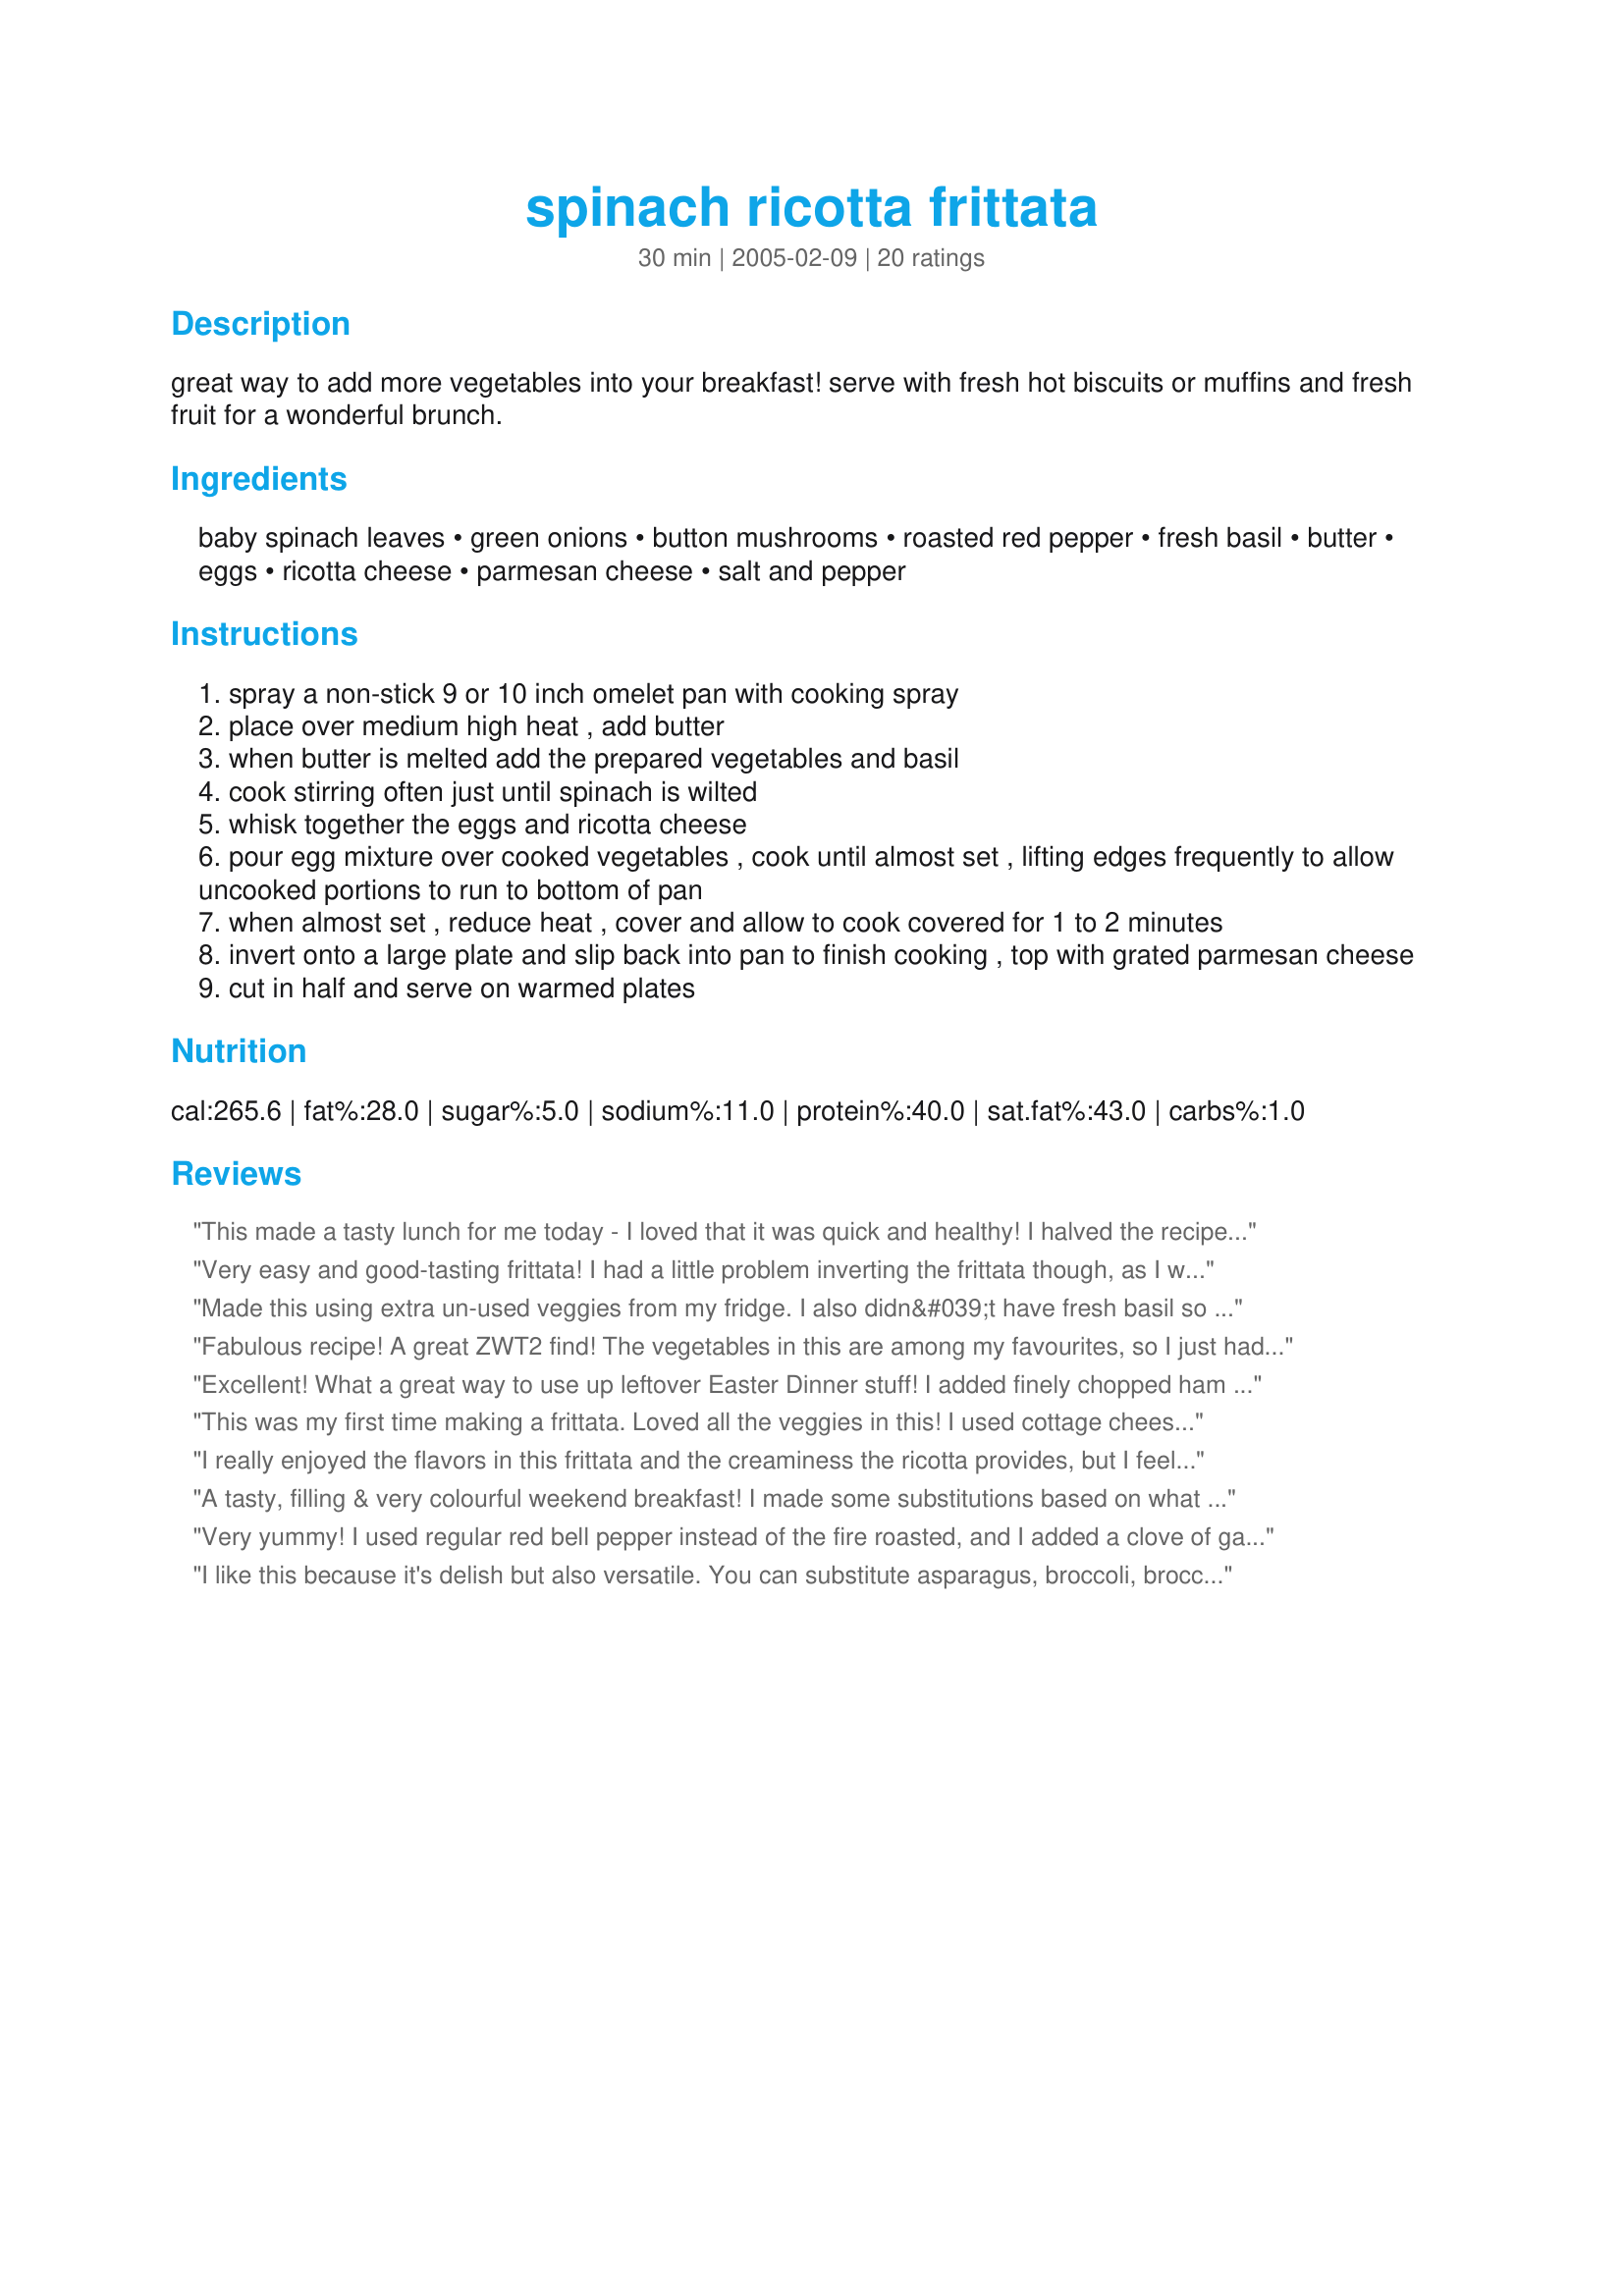
spinach ricotta frittata
Preparation time: 30 minutes

great way to add more vegetables into your breakfast! serve with fresh hot biscuits or muffins and fresh fruit for a wonderful brunch.

Ingredients:
baby spinach leaves, green onions, button mushrooms, roasted red pepper, fresh basil, butter, eggs, ricotta cheese, parmesan cheese, salt and pepper

Steps:
spray a non-stick 9 or 10 inch omelet pan with cooking spray
place over medium high heat , add butter
when butter is melted add the prepared vegetables and basil
cook stirring often just until spinach is wilted
whisk together the eggs and ricotta cheese
pour egg mixture over cooked vegetables , cook until almost set , lifting edges frequently to allow uncooked portions to run to bottom of pan
when almost set , reduce heat , cover and allow to cook covered for 1 to 2 minutes
invert onto a large plate and slip back into pan to finish cooking , top with grated parmesan cheese
cut in half and serve on warmed plates

Reviews:
This made a tasty lunch for me today - I loved that it was quick and healthy! I halved the recipe and used fresh veggies from my garden. Didn't have any mushrooms so I used kalamata olives instead! I didn't flip my frittata, just covered it until it was set in the center (bottom got a little dark, so wouldn't really recommend doing that again!). The red peppers made a great addition! Made for ZWT4.
Very easy and good-tasting frittata! I had a little problem inverting the frittata though, as I was looking for a plate a little larger than the top edge of the pan. DH came to the rescue though. He gently dropped the plate right *into* the pan and then turned the the whole thing over, then he slid the frittata back into the pan to finish cooking. It finished cooking in about 4 minutes. Thanks for passing this recipe along - we'll definitely have it again.
Made this using extra un-used veggies from my fridge. I also didn&#039;t have fresh basil so I used dried. It was one of the best dishes ever and a great way to clean out my fridge and not have to throw out small amounts of un-used veggies.
Fabulous recipe! A great ZWT2 find! The vegetables in this are among my favourites, so I just had to try it. The ricotta and parmesan gave a lovely flavour and texture to the egg mixture, and I loved the inclusion of the basil. My only change was to add some minced garlic, to which I'm more than a little partial! Thanks, Paula!


Excellent! What a great way to use up leftover Easter Dinner stuff! I added finely chopped ham and sliced, roasted asparagus and left out the red pepper, otherwise I made this as written but added an extra egg, which boosted this up to 3 servings for me, my husband and my daughter. We had it for dinner along with dinner rolls. Great quick and easy after-work recipe! Thanks for posting this Paula!
This was my first time making a frittata. Loved all the veggies in this! I used cottage cheese instead of ricotta. Had a little difficulty cooking it, when I slid it out of the pan onto a plate to flip it and cook the other side, it didn't stay in one piece. This is probably due to my lack of experience with this cooking technique, however. Very tasty! Made for ZWT Summer '08.
I really enjoyed the flavors in this frittata and the creaminess the ricotta provides, but I feel like it was a little thin. Perhaps my fry pan was too large so next time I'll prepare this "crustless quiche style" in a pie pan. Thank you for posting! Reviewed for ZWT - 7.
A tasty, filling & very colourful weekend breakfast! I made some substitutions based on what was in the fridge; I replaced the Ricotta with Feta & sprinkled Cheddar on top. I included the red pepper but didn't roast it. I used lemon basil, fresh from the garden, also some lemon pepper. I place the pan under the broiler for a couple of minutes to melt the cheese. Thanx Paula!
Very yummy! I used regular red bell pepper instead of the fire roasted, and I added a clove of garlic. It also turned into more of a 'Spinach Ricotta Scramble', but that's just because I messed up. It all tastes the same!
I like this because it's delish but also versatile. You can substitute asparagus, broccoli, broccoli rabe, swiss chard or any veg you like and it works! Thanks Paula
I was looking for something eggy, light and easy so this recipe fitted the bill perfectly! I used frozen spinach, defrosted and drained, which worked very well. Despite my initial worries, I was able to turn over the frittata without breaking it! I'm looking forward to making this with fresh spinach another time.
Very tasty dish! I didn't use the red pepper but used extra mushrooms, only the egg whites, no butter and sprinkled lemon pepper after plating. What a wonderfully healthy dish and very easy to prepare. I used pre-washed bagged baby spinach and a small can of sliced mushrooms to help speed up the process. I will certainly be making this again. Thanks for posting PaulaG.
Delicious, tasty Frittata, easy to make and so good for you. We had this for breakfast, with english muffins and a side of fresh fruit. I made it just like the recipe stated, but didn't use the red pepper, personal preference. Thank you Paula, I will be making this again as we really enjoyed it.
This is super good. The ricotta really adds something to the egg texture; I beat it in pretty well. I didn't use the red pepper b/c I was out, otherwise followed exactly. DH & I had this with a side of turkey bacon for a quick dinner in a hectic week. Thank you!! :)
Quick & easy. The only veggie I had was a bag of spinach, but it still tasted good. It fed 2 small kids and 2 grown up. No complaints so I will make it again!
I increased by 1 egg (actually egg beater equiv.) & about 2 oz of diced pepperoni. With the changes I found it could easily feed 4 people for breakfast. Enjoyed the flavours, thanks for sharing
I made this exactly as written (just halved it for one serving) and I loved it. An excellent frittata with nice clear instructions. Thanks Paula!
I was looking for a way to use up some ricotta and came across this easy recipe and I'm glad I did. This made a delicious Sunday night supper served with Italian bread which we enjoyed. The only changes I made was skipping the green onions and instead of the fire roasted pepper used a regular red bell pepper. Very good! Thanks for sharing this keeper!
Made exactly to recipe except too lazy to roast the red pepper so used some out of the jar. A great combo of flavors. Excellent, Paula. Thanks for another great recipe.
Great recipe! Like some of the other commenters, I added some garlic for taste and it turned out fantastically. I also cooked it in the oven at 350 degrees for about 25 minutes so that I didn't have to try and flip it.
